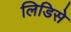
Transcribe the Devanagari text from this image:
लिडिसे